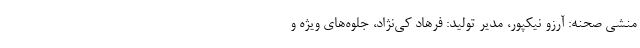
منشی صحنه: آرزو نیکپور، مدیر تولید: فرهاد کی‌نژاد، جلوه‌های ویژه و